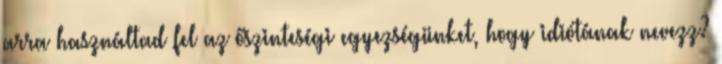
arra használtad fel az őszinteségi egyezségünket, hogy idiótának nevezz?